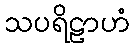
သပရိဠာဟံ